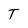
Character: T